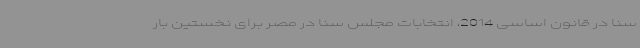
سنا در قانون اساسی 2014، انتخابات مجلس سنا در مصر برای نخستین بار